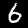
Label: 6